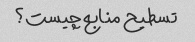
تسطیح منابع چیست؟